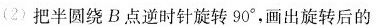
(2) 把半圆绕B点逆时针旋转90°，画出旋转后的